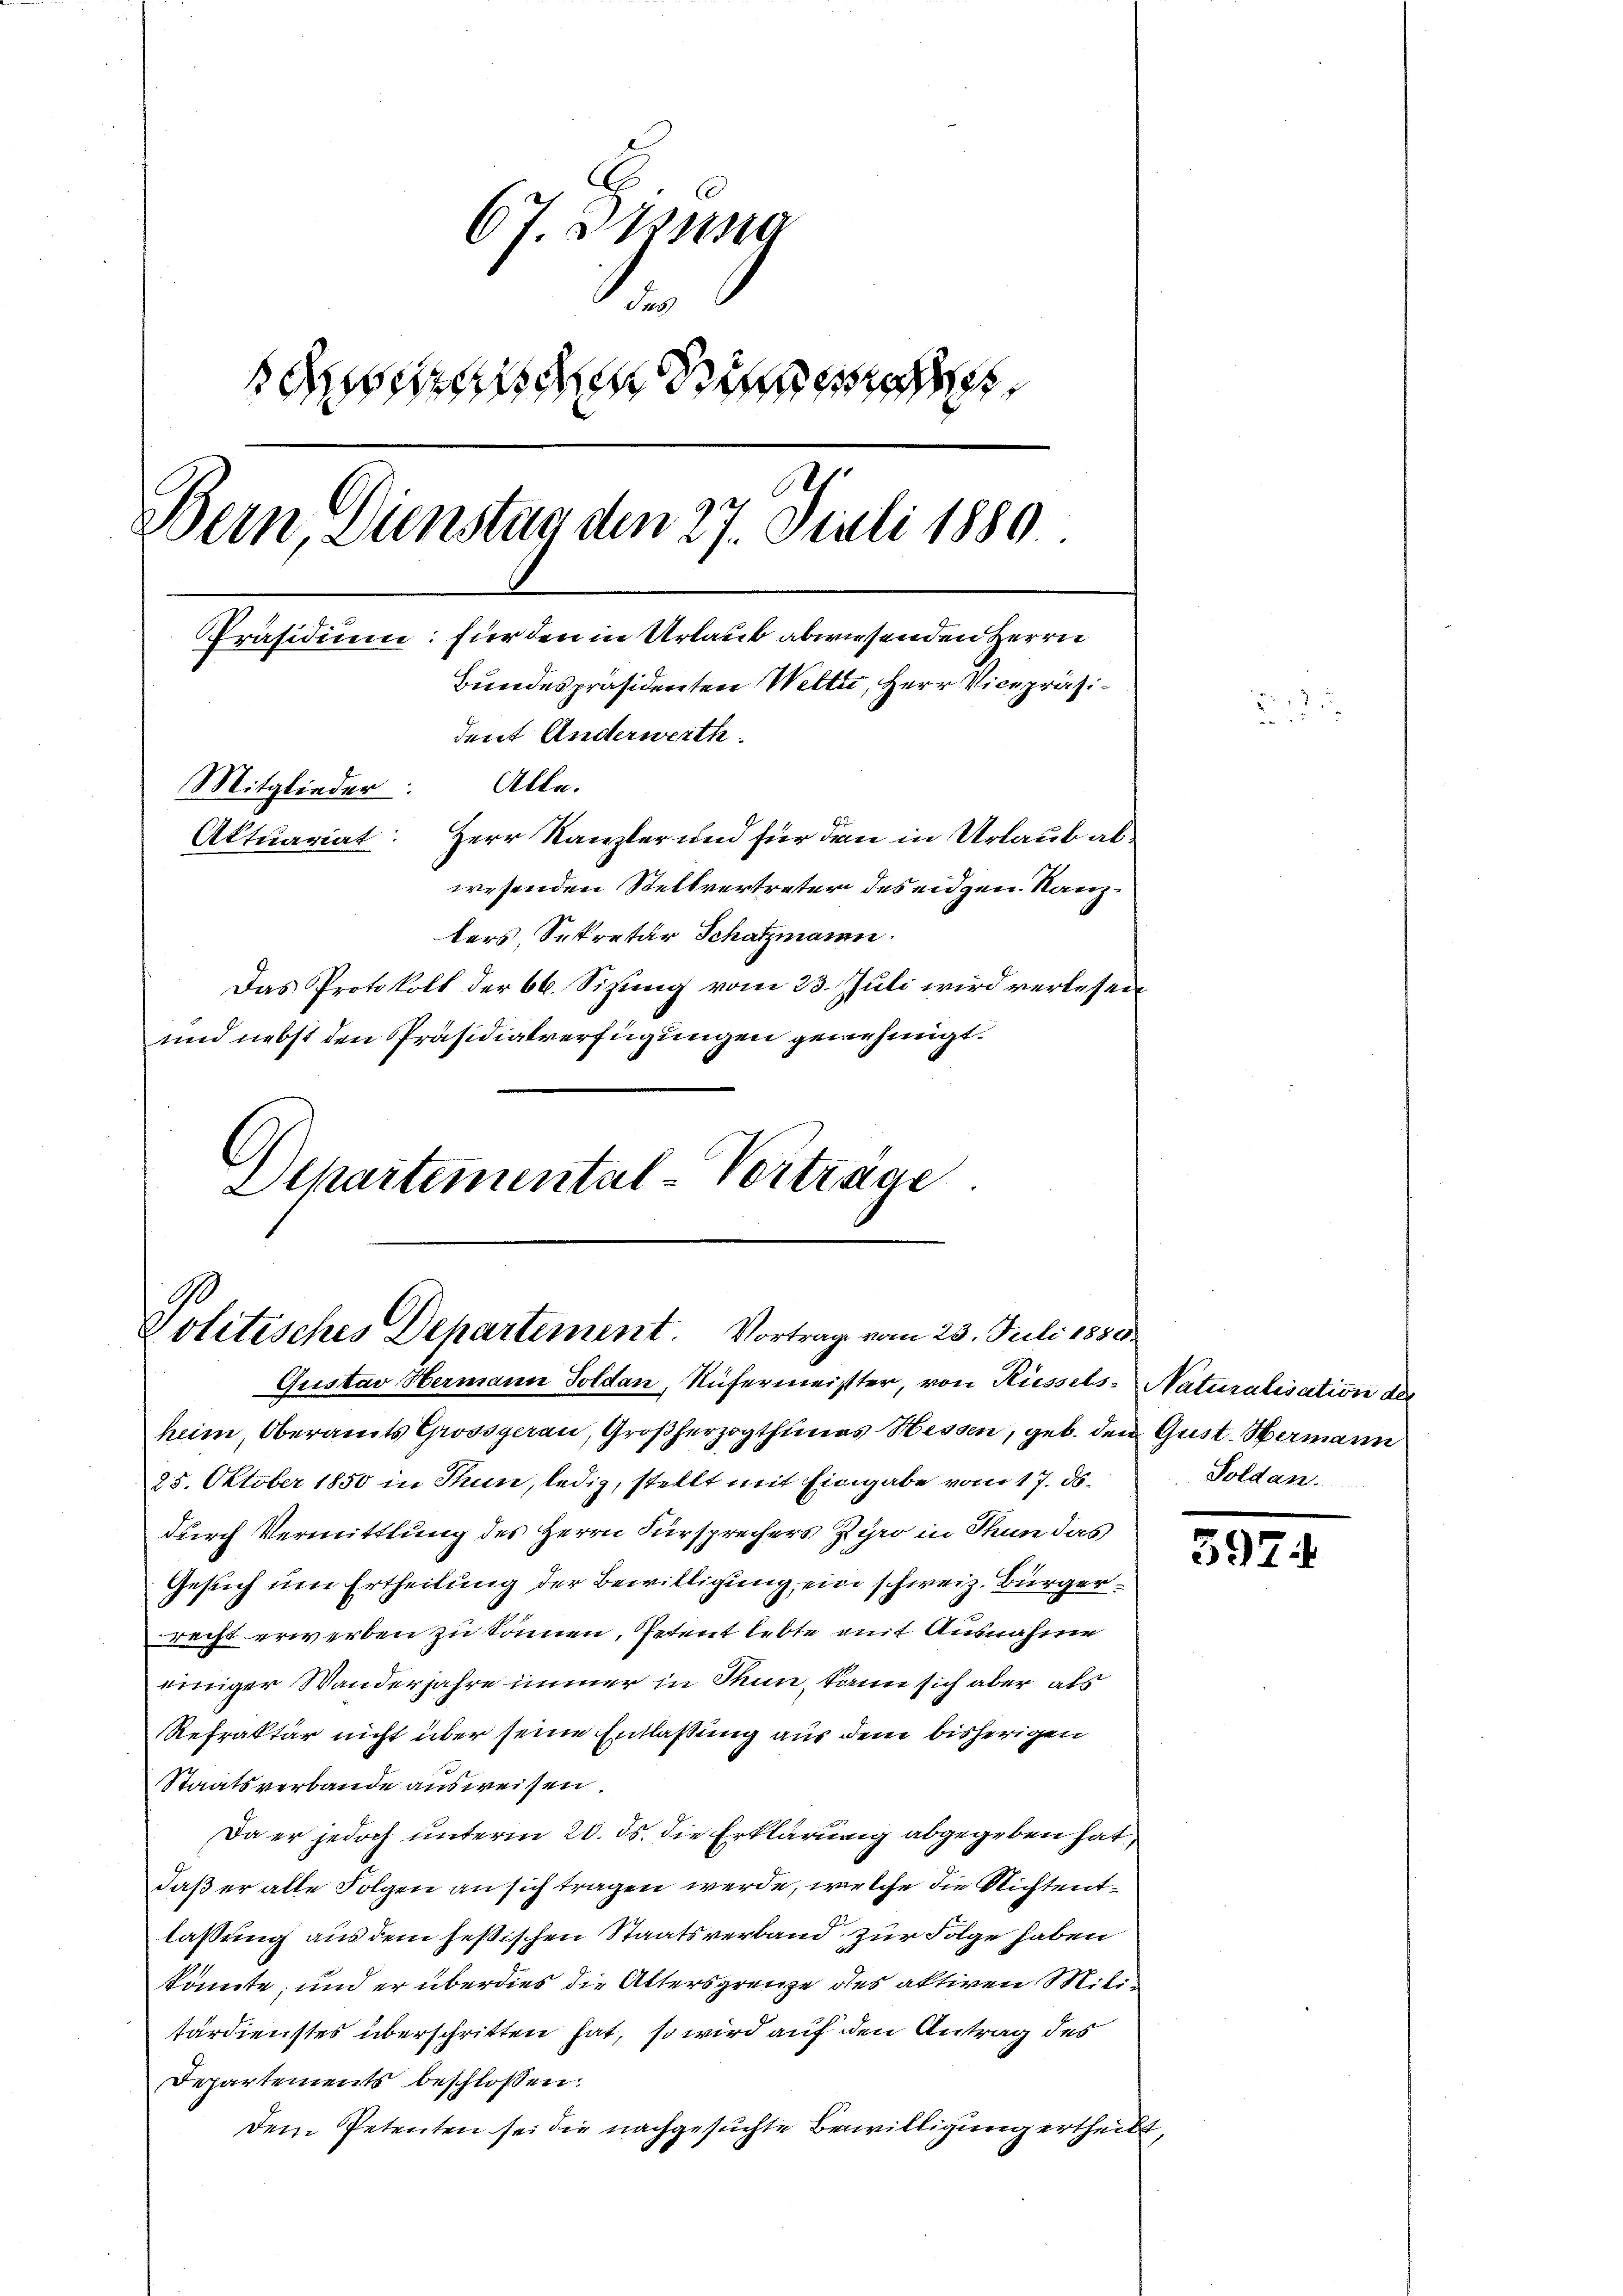
67. Zung
e

7
Wein, Dienstag den 27. Juli 1889.
Präsidium für den in Urlaub abwiesenden Herrn
Bundespräsidenten Welti, Herr Vicepräsident Anderwerth
Alle.
Mitglieder:
Aktuariat: Herr Kanzler und für den in Urlaub alwesenden Stellvertreter des eidgen. Kanzters, Sekretär Schatzmann.
Das Protokoll der 66. Sizung vom 23. Juli wird verlesen,
und nebst den Präsidialverfügungen genehmigt.

Politisches Departement. Vortrag vom 23. Juli 1850.

Gustav Hermann Soldan, Rufermeister, von Küssels Naturalisation der
heim, Oberamts Grossgaran, Großherzogthumes Hessen, geb. den Gust. Wermann
25. Oktober 1850 in Thun, ledig, stellt mit Eingabe vom 17. ds.
durch Vermittlung des Herrn Fürsprechers Zgro in Thun das
Gesuch um Ertheilung der Bewilligung, ein schweiz. Bürgerrecht erwerben zu können, Petent lebte mit Ausnahme
einiger Wanderjahre immer in Thun, kann sich aber als
Refraktär nicht über seine Entlassung aus dem bisherigen
Staatsverbande ausweisen.
Da er jedoch unterm 20. ds. die Erklärung abgegeben hat,
daß er alle Folgen an sich tragen werde, welche die Nichtentlaßung aus dem heßischen Staatsverband zur Folge haben
könnte, und er überdies die Altersgrenze des aktiven Miltärdienstes überschritten hat, so wird auf den Antrag des
Departements beschlossen:
Dem Petenten sei die nachgesuchte Bewilligung ertheilt,

Schartemental-Vorträge

Soldan.

397.